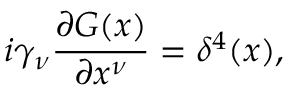
i \gamma _ { \nu } \frac { \partial G ( x ) } { \partial x ^ { \nu } } = \delta ^ { 4 } ( x ) ,